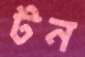
টন